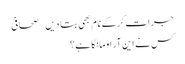
جرات کر کے نام بھی بتا دیں – صحافی
کس نے این آر او مانگا ہے؟